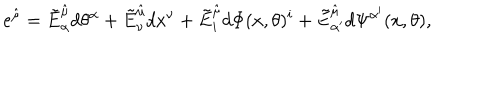
e ^ { \hat { \mu } } = \tilde { E } _ { \alpha } ^ { \hat { \mu } } d \theta ^ { \alpha } + \tilde { E } _ { \nu } ^ { \hat { \mu } } d x ^ { \nu } + \tilde { E } _ { i } ^ { \hat { \mu } } d \Phi ( x , \theta ) ^ { i } + \tilde { E } _ { \alpha ^ { \prime } } ^ { \hat { \mu } } d \Psi ^ { \alpha ^ { \prime } } ( x , \theta ) ,